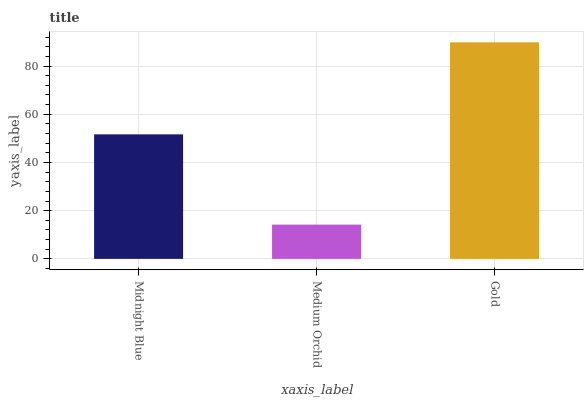
| xaxis_label | bars |
 | --- | --- |
 | Midnight Blue | 51.7 |
 | Medium Orchid | 14.2 |
 | Gold | 89.8 |